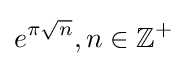
e^{\pi {\sqrt {n}}},n\in \mathbb {Z} ^{+}